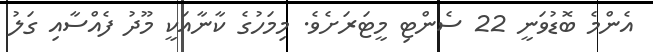
އެންމެ ބޮޑުވަނީ 22 ސެންޓި މީޓަރަށެވެ. މިމަހުގެ ކާނާއަކީ މޫދު ފެއްސާއި ގަލު